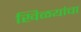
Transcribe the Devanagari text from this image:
खिळयांचा